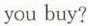
you buy?